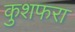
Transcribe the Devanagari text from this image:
कुशफरा